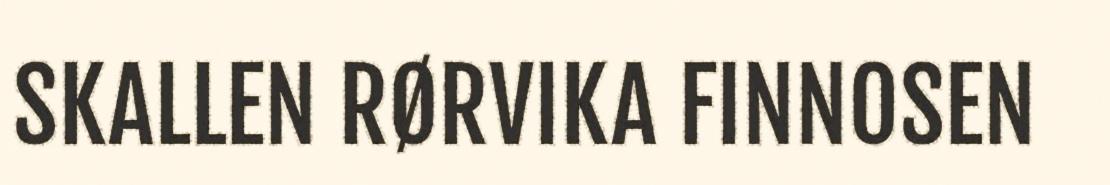
SKALLEN RØRVIKA FINNOSEN